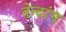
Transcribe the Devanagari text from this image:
तेन्दांग